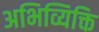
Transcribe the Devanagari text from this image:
अभिव्यिक्ति